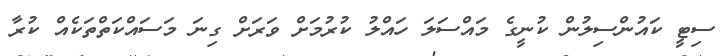
ސިޓީ ކައުންސިލުން ކުނީގެ މައްސަލަ ހައްލު ކުރުމަށް ވަރަށް ގިނަ މަސައްކަތްތަކެއް ކުރާ